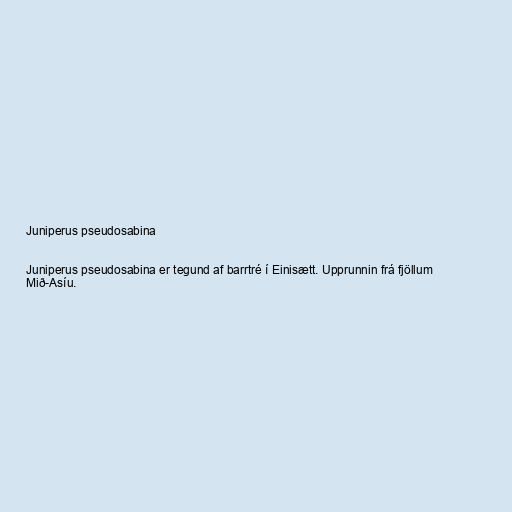
Juniperus pseudosabina

Juniperus pseudosabina er tegund af barrtré í Einisætt. Upprunnin frá fjöllum
Mið-Asíu.